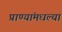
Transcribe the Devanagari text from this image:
प्राण्यांमधल्या